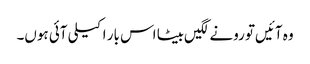
وہ آئیں‌تو رونے لگیں‌بیٹا اس بار اکیلی آئی ہوں۔